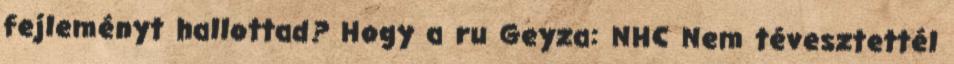
fejleményt hallottad? Hogy a ru Geyza: NHC Nem tévesztettél